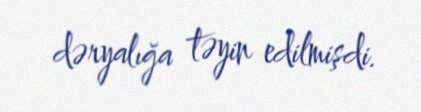
dəryalığa təyin edilmişdi.